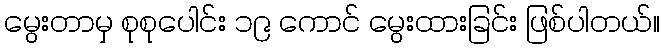
မွေးတာမှ စုစုပေါင်း ၁၉ ကောင် မွေးထားခြင်း ဖြစ်ပါတယ်။